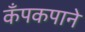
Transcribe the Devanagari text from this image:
कँपकपाने